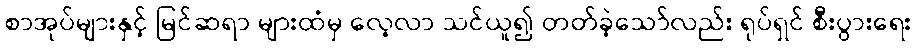
စာအုပ်များနှင့် မြင်ဆရာ များထံမှ လေ့လာ သင်ယူ၍ တတ်ခဲ့သော်လည်း ရုပ်ရှင် စီးပွားရေး